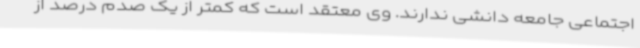
اجتماعی جامعه دانشی ندارند. وی معتقد است که کمتر از یک صدم درصد از